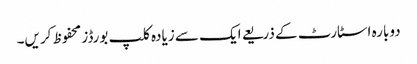
دوبارہ اسٹارٹ کے ذریعے ایک سے زیادہ کلپ بورڈز محفوظ کریں۔